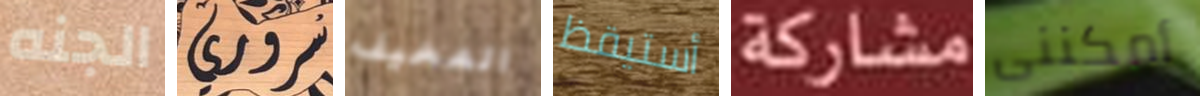
الجنه سروري المخيف أستيقظ مشاركة أمكننى